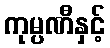
ကုမ္ပဏီနှင့်